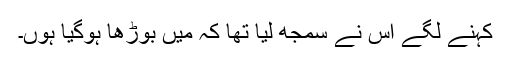
کہنے لگے اس نے سمجھ لیا تھا کہ میں بوڑھا ہوگیا ہوں۔